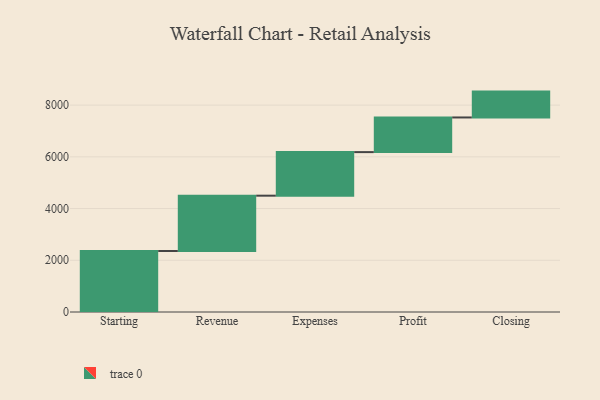
{"axis": {"x": "Step", "y": "Value"}, "legend": [""], "data": [{"x": "Starting", "y": 2359.0, "type": ""}, {"x": "Revenue", "y": 2139.0, "type": ""}, {"x": "Expenses", "y": 1685.0, "type": ""}, {"x": "Profit", "y": 1340.0, "type": ""}, {"x": "Closing", "y": 1000, "type": ""}]}